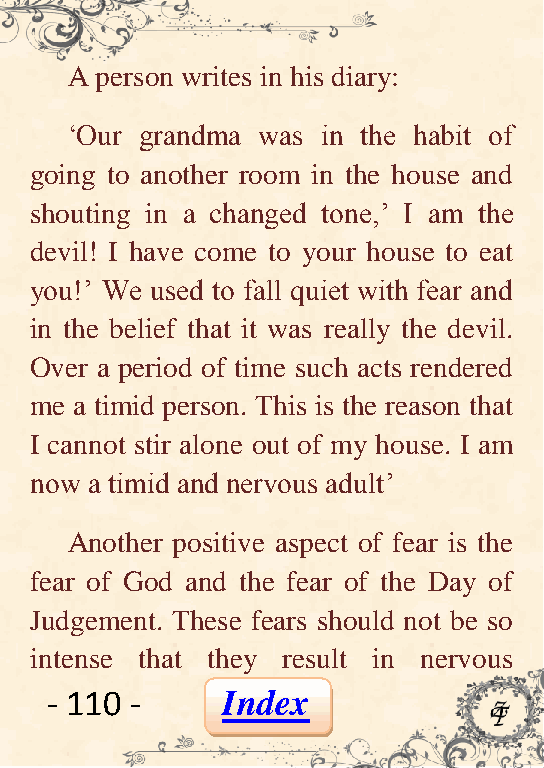
A person writes in his diary:
 ‘Our grandma was in the habit of
 going to another room in the house and
 shouting in a changed tone,’ I am the
 devil! I have come to your house to eat
 you!’ We used to fall quiet with fear and
 in the belief that it was really the devil.
 Over a period of time such acts rendered
 me a timid person. This is the reason that
 I cannot stir alone out of my house. I am
 now a timid and nervous adult’
 Another positive aspect of fear is the
 fear of God and the fear of the Day of
 Judgement. These fears should not be so
 intense that they result in nervous
 - 110 -     Index